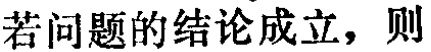
若问题的结论成立，则